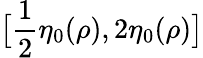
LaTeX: \bigl[\frac 12\eta_{0}(\rho),2\eta_{0}(\rho)\bigr]